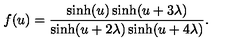
f ( u ) = \frac { \sinh ( u ) \sinh ( u + 3 \lambda ) } { \sinh ( u + 2 \lambda ) \sinh ( u + 4 \lambda ) } .